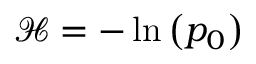
{ \mathcal { H } } = - \ln \left( p _ { 0 } \right)